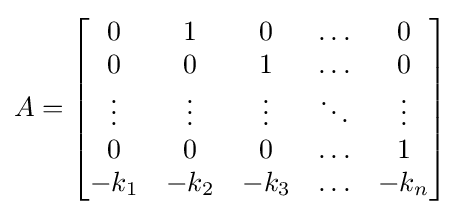
A={\begin{bmatrix}0&1&0&\ldots &0\\0&0&1&\ldots &0\\\vdots &\vdots &\vdots &\ddots &\vdots \\0&0&0&\ldots &1\\-k_{1}&-k_{2}&-k_{3}&\ldots &-k_{n}\end{bmatrix}}